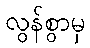
လွန်စွာမှ